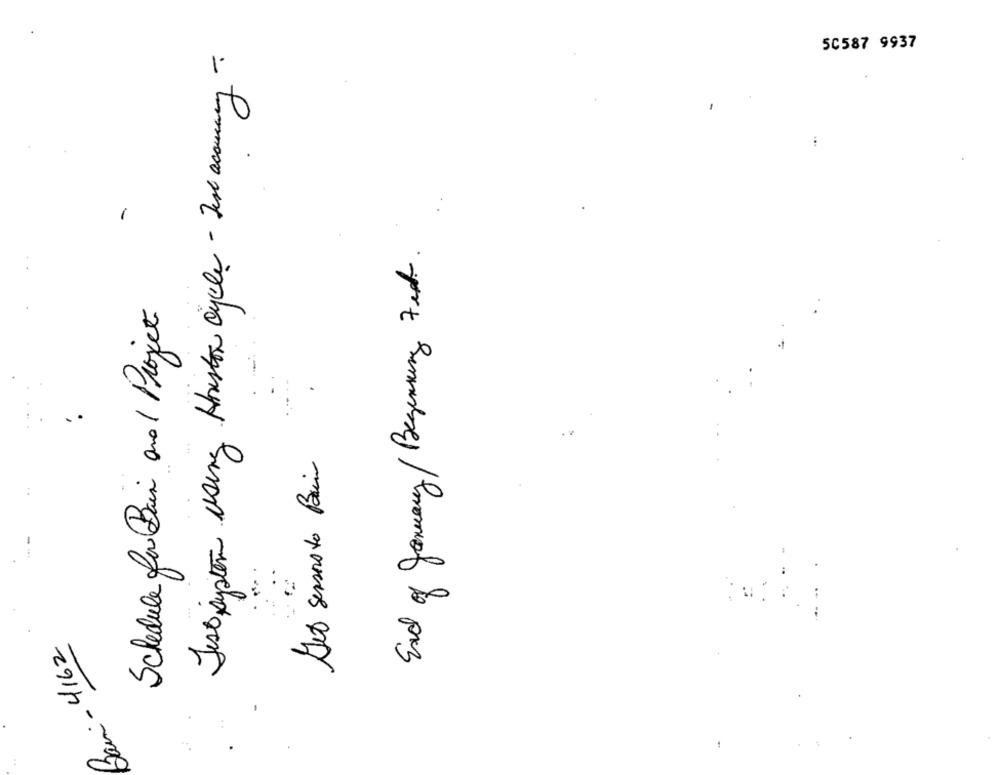
Jess system using Houston cycle - Jest accuracy
50587 9937
-
End of January/ Beginning Fest.
Schedule for Bain and / Project
Set sensas to Pain
i - 4162